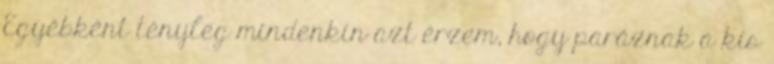
Egyébként tényleg mindenkin azt érzem, hogy paráznak a kis